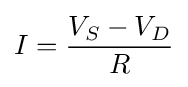
I={\frac {V_{S}-V_{D}}{R}}